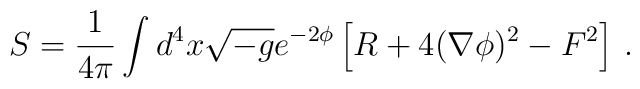
S= \frac{1}{4\pi}\int d^4x\sqrt{-g} e^{-2\phi} \left[ R + 4(\nabla \phi)^2- F^2 \right] \, .